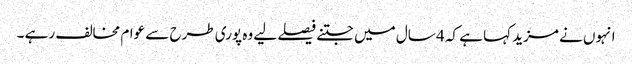
انہوں نے مزید کہا ہے کہ 4 سال میں جتنے فیصلے لیے وہ پوری طرح سے عوام مخالف رہے ۔